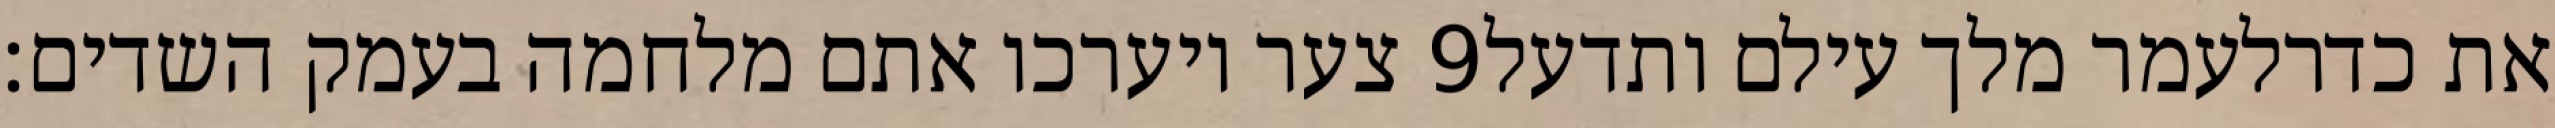
צער ויערכו אתם מלחמה בעמק השדים׃ ‎9‏ את כדרלעמר מלך עילם ותדעל